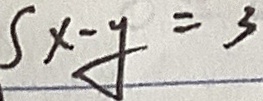
x - y = 3